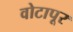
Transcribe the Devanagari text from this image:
वोटापूर